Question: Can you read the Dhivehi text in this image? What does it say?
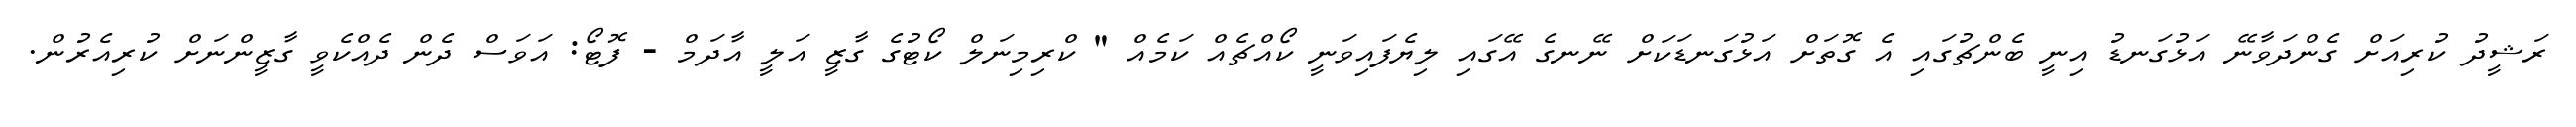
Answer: ރަޝީދު ކުރިއަށް ގެންދަވާނޭ އަޅުގަނޑު އިނީ ބެންޗުގައި އެ ގޮތަށް އަޅުގަނޑަކަށް ނޭނގެ އޭގައި ލިޔެފައިވަނީ ކޯއްޗެއް ކަމެއް " ކްރިމިނަލް ކޯޓުގެ ގާޒީ އަލީ އާދަމް - ފޮޓޯ: އަވަސް ދެން ދެއްކެވީ ގާޒީންނަށް ކުރިއެރުން.